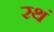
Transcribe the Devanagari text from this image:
रथं